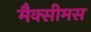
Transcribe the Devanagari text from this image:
मैक्सीमस